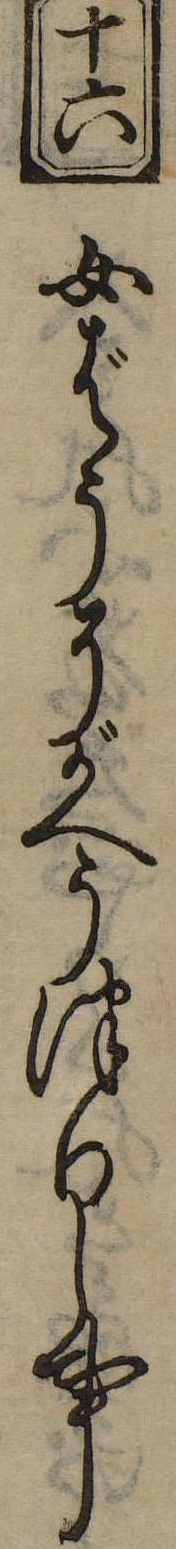
十六女ばうにがへうつりし事